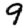
Digit: 9